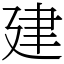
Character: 建